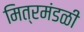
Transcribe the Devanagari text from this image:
मित्रमंडळी